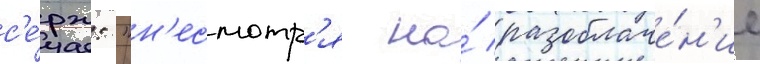
с'е́рж: "н'есмотр'я на́ разоблаче́н'ие